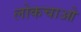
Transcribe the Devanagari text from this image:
लोकचाओ